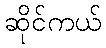
ဆိုင်ကယ်